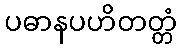
ပဓာနပဟိတတ္တံ